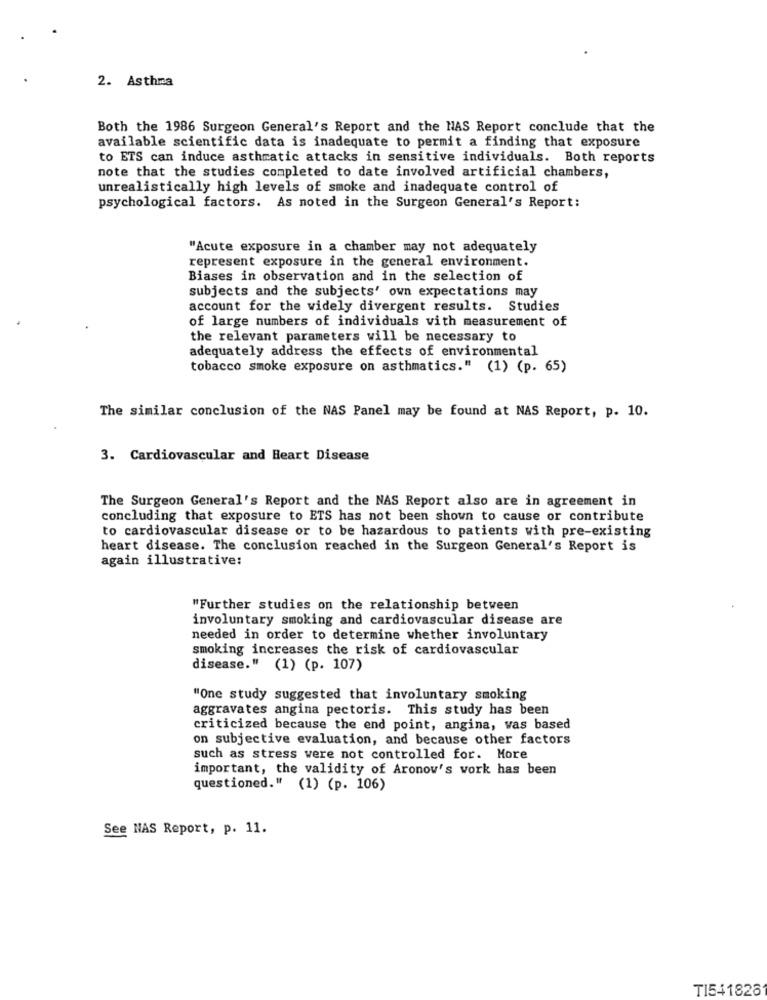
2. Asthma
Both the 1986 Surgeon General's Report and the HAS Report conclude that the
available scientific data is inadequate to permit a finding that exposure
to ETS can induce asthmatic attacks in sensitive individuals. Both reports
note that the studies completed to date involved artificial chambers,
unrealistically high levels of smoke and inadequate control of
psychological factors. As noted in the Surgeon General's Report:
"Acute exposure in a chamber may not adequately
represent exposure in the general environment.
Biases in observation and in the selection of
subjects and the subjects' own expectations may
account for the widely divergent results. Studies
of large numbers of individuals with measurement of
the relevant parameters will be necessary to
adequately address the effects of environmental
tobacco smoke exposure on asthmatics." (1) (p. 65)
The similar conclusion of the NAS Panel may be found at NAS Report, p. 10.
3. Cardiovascular and Heart Disease
The Surgeon General's Report and the NAS Report also are in agreement in
concluding that exposure to ETS has not been shown to cause or contribute
to cardiovascular disease or to be hazardous to patients with pre-existing
heart disease. The conclusion reached in the Surgeon General's Report is
again illustrative:
"Further studies on the relationship between
involuntary smoking and cardiovascular disease are
needed in order to determine whether involuntary
smoking increases the risk of cardiovascular
disease." (1) (p. 107)
"One study suggested that involuntary smoking
aggravates angina pectoris. This study has been
criticized because the end point, angina, was based
on subjective evaluation, and because other factors
such as stress were not controlled for. More
important, the validity of Aronov's work has been
questioned." (1) (p. 106)
See HAS Report, p. 11.
TI541828